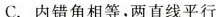
C.内错角相等，两直线平行